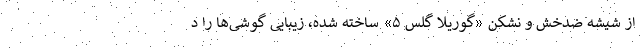
از شیشه ضدخش و نشکن «گوریلا گلس ۵» ساخته شده، زیبایی گوشی‌ها را د